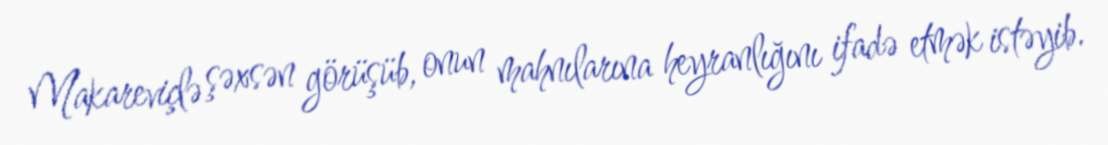
Makareviçlə şəxsən görüşüb, onun mahnılarına heyranlığını ifadə etmək istəyib.